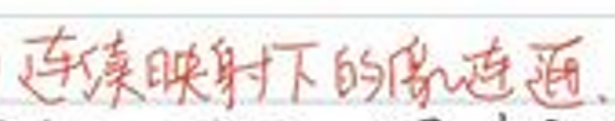
连续映射下的像连通.